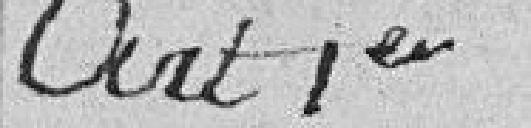
Art. 1er